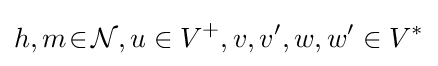
h,m\!\in \!{\mathcal {N}},u\in V^{+},v,v',w,w'\in V^{*}